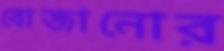
বোজানোর